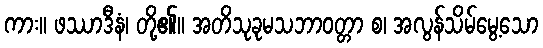
ကား။ ဖဿာဒီနံ၊ တို့၏။ အတိသုခုမသဘာဝတ္တာ စ၊ အလွန်သိမ်မွေ့သော